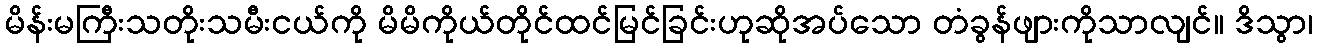
မိန်းမကြီးသတိုးသမီးငယ်ကို မိမိကိုယ်တိုင်ထင်မြင်ခြင်းဟုဆိုအပ်သော တံခွန်ဖျားကိုသာလျင်။ ဒိသွာ၊